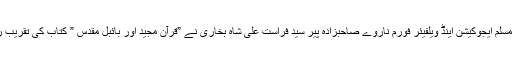
ان خیالات کا اظہار بانی مسلم ایجوکیشن اینڈ ویلفیئر فورم ناروے صاحبزادہ پیر سید فراست علی شاہ بخاری نے ”قرآن مجید اور بائبل مقدس ” کتاب کی تقریب رونمائی کے موقع پر کیا۔